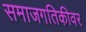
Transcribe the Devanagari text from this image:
समाजगतिकीवर